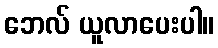
ဘေလ် ယူလာပေးပါ။